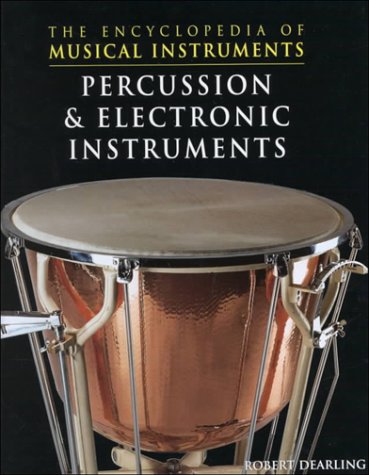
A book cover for Percussion & Electronic Instruments (The Encyclopedia of Musical Instruments); Robert Dearling; Reference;